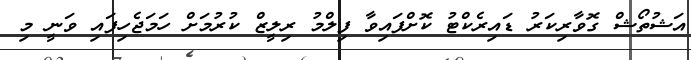
އަޝުތޯޝް ގޮވާރިކަރު ޑައިރެކްޓު ކޮށްފައިވާ ފިލްމު ރިލީޒް ކުރުމަށް ހަމަޖެހިފައި ވަނީ މި